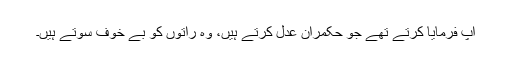
آپ فرمایا کرتے تھے جو حکمران عدل کرتے ہیں، وہ راتوں کو بے خوف سوتے ہیں۔